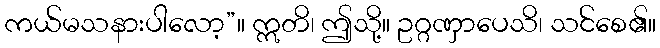
ကယ်မသနားပါလော့”။ ဣတိ၊ ဤသို့။ ဥဂ္ဂဏှာပေသိ၊ သင်စေ၏။